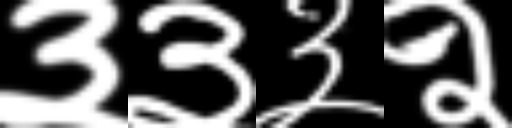
Text: ३३३२